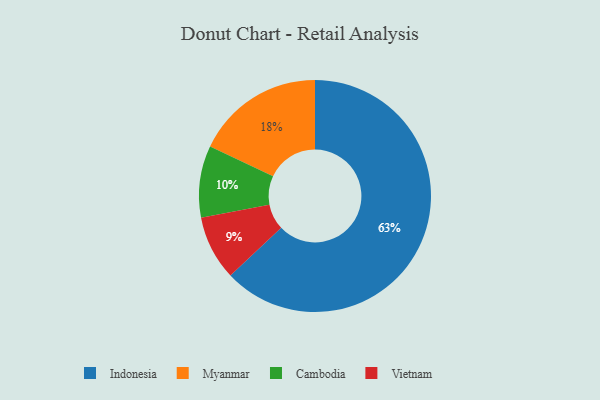
{"axis": {"x": "Category", "y": "Percentage"}, "legend": ["Cambodia", "Indonesia", "Myanmar", "Vietnam"], "data": [{"x": "Myanmar", "y": 18, "type": "Myanmar"}, {"x": "Cambodia", "y": 10, "type": "Cambodia"}, {"x": "Vietnam", "y": 9, "type": "Vietnam"}, {"x": "Indonesia", "y": 63, "type": "Indonesia"}]}